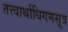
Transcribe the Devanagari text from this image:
तत्त्वार्थाधिगमसूत्र